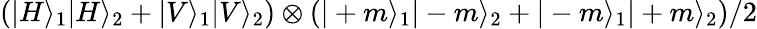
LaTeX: \left(|H\rangle_{1}|H\rangle_{2}+|V\rangle_{1}|V\rangle_{2}\right)\otimes\left(|+m\rangle_{1}|-m\rangle_{2}+|-m\rangle_{1}|+m\rangle_{2}\right)/2